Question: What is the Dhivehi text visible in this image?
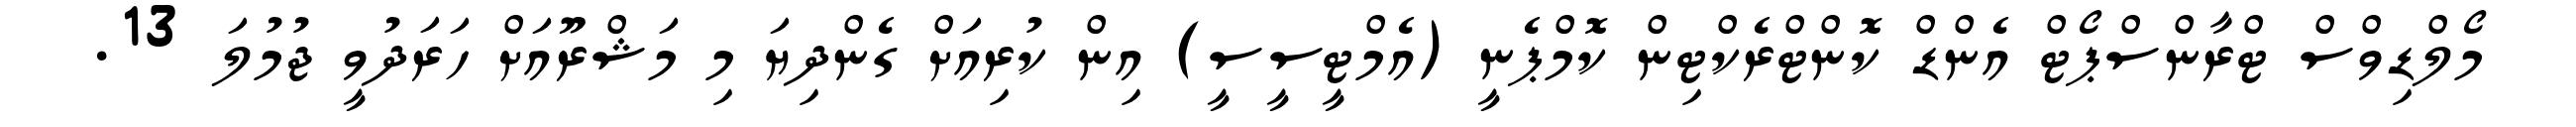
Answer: މޯލްޑިވްސް ޓްރާންސްޕޯޓް އެންޑް ކޮންޓްރެކްޓިން ކޮމްޕެނީ (އެމްޓީސީސީ) އިން ކުރިއަށް ގެންދިޔަ މި މަޝްރޫއަށް ހަރަދުވީ ޖުމުލަ 13.